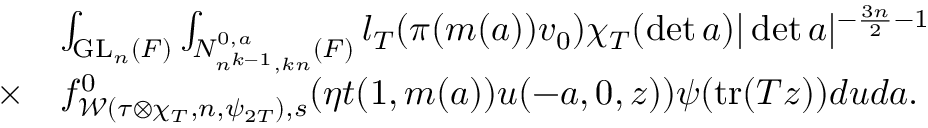
\begin{array} { r l } & { \int _ { \mathrm { G L } _ { n } ( F ) } \int _ { N _ { n ^ { k - 1 } , k n } ^ { 0 , a } ( F ) } l _ { T } ( \pi ( m ( a ) ) v _ { 0 } ) \chi _ { T } ( \operatorname* { d e t } a ) | \operatorname* { d e t } a | ^ { - \frac { 3 n } { 2 } - 1 } } \\ { \times } & { f _ { \mathcal { W } ( \tau \otimes \chi _ { T } , n , \psi _ { 2 T } ) , s } ^ { 0 } ( \eta t ( 1 , m ( a ) ) u ( - a , 0 , z ) ) \psi ( \mathrm { t r } ( T z ) ) d u d a . } \end{array}